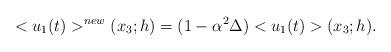
LaTeX: \begin{align*}<u_1(t)>^{new}(x_3;h)&=(1-{\alpha}^2 \Delta)<u_1(t)>(x_3;h).\end{align*}